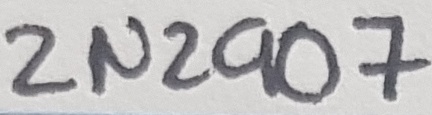
Text: 2N2907